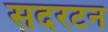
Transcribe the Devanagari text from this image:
सदरटन